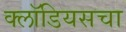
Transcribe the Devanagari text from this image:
क्लॉडियसचा